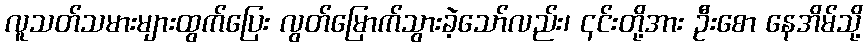
လူသတ်သမားများထွက်ပြေး လွတ်မြောက်သွားခဲ့သော်လည်း၊ ၎င်းတို့အား ဦးစော နေအိမ်သို့